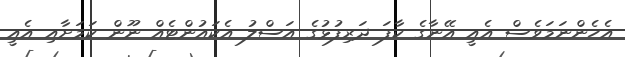
އެހެންނަމަވެސް އެއީ އޭނާގެ ކާފަ ދަރިފުޅުގެ އަަސްލު އެކައުންޓެއް ނޫން ކަމަށާއި އެއީ